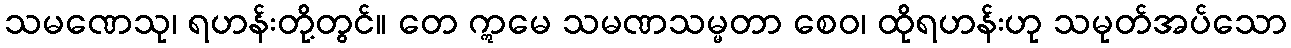
သမဏေသု၊ ရဟန်းတို့တွင်။ တေ ဣမေ သမဏသမ္မတာ စေဝ၊ ထိုရဟန်းဟု သမုတ်အပ်သော